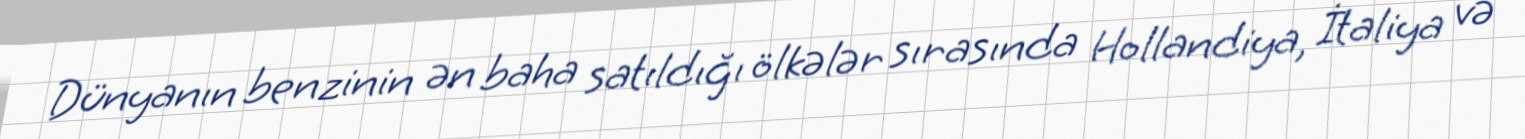
Dünyanın benzinin ən baha satıldığı ölkələr sırasında Hollandiya, İtaliya və